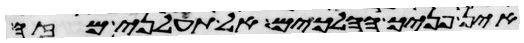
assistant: אין פניך הלכים אל תעלני מזה